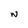
Character: W